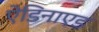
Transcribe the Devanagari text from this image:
ऐडिनाएड